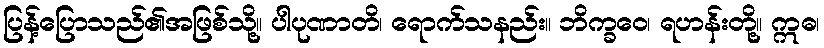
ပြန့်ပြောသည်၏အဖြစ်သို့။ ပါပုဏာတိ၊ ရောက်သနည်း။ ဘိက္ခဝေ၊ ရဟန်းတို့။ ဣဓ၊